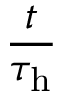
\frac { t } { \tau _ { \mathrm { h } } }